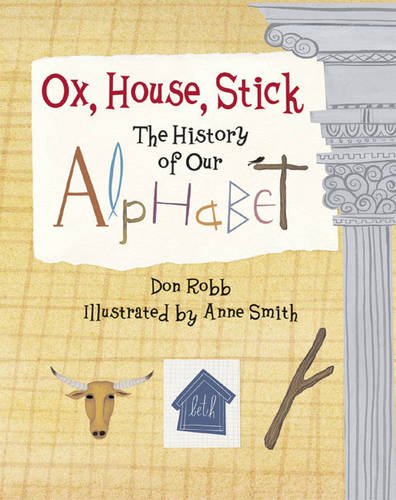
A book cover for Ox, House, Stick: The History of Our Alphabet; Don Robb; Reference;